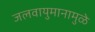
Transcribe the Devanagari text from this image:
जलवायुमानामुळे